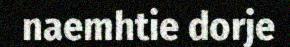
naemhtie dorje